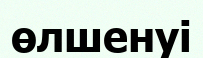
өлшенуі